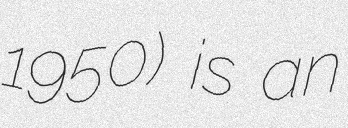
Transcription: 1950) is an